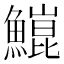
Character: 𬵥